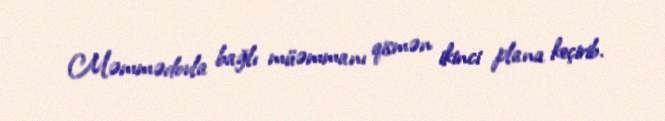
Məmmədovla bağlı müəmmanı qismən ikinci plana keçirib.